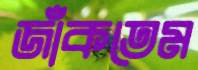
জাঁকতেম